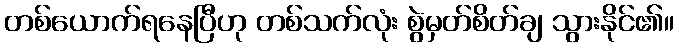
တစ်ယောက်ရနေပြီဟု တစ်သက်လုံး စွဲမှတ်စိတ်ချ သွားနိုင်၏။